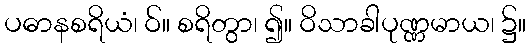
ပဓာနစရိယံ၊ ဝ်။ စရိတွာ၊ ၍။ ဝိသာခါပုဏ္ဏမာယ၊ ၌။